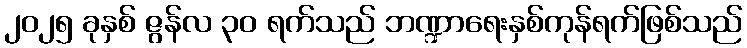
၂၀၂၅ ခုနှစ် ဇွန်လ ၃၀ ရက်သည် ဘဏ္ဍာရေးနှစ်ကုန်ရက်ဖြစ်သည်